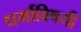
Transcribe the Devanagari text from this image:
धर्माविषयी